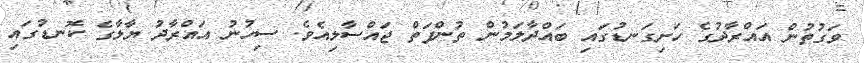
ވަގުުތުން އައްރާދުގެ ހަށިގަނޑުގައި ބައްދާލަމުން ތުންފަތް ޖައްސާލިއެވެ. ސިހުނު އައްރާދު ޔާލާގެ ކޮނޑުގައި